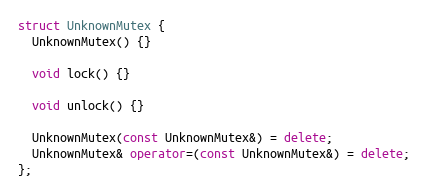
Language: C++
struct UnknownMutex {
  UnknownMutex() {}

  void lock() {}

  void unlock() {}

  UnknownMutex(const UnknownMutex&) = delete;
  UnknownMutex& operator=(const UnknownMutex&) = delete;
};